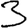
Digit: 3